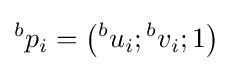
{}^{b}p_{i}=\left({}^{b}u_{i};{}^{b}v_{i};1\right)